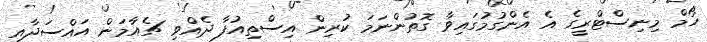
ހޯމް މިނިސްޓްރީގެ އެ އެންގުމުގައިވާ ގޮތުންނަމަ ކުރިން އިސްތިއުފާ ދެއްވި ޗެއާމަން އައްސަދާއި